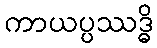
ကာယပ္ပဿဒ္ဓိ